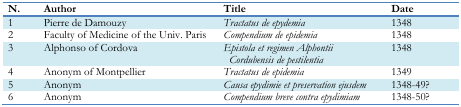
<table><thead><tr><td><b>N.</b></td><td><b>Author</b></td><td><b>Title</b></td><td><b>Date</b></td></tr></thead><tbody><tr><td>1</td><td>Pierre de Damouzy</td><td><i>Tractatus de epydemia</i></td><td>1348</td></tr><tr><td>2</td><td>Faculty of Medicine of the Univ. Paris</td><td><i>Compendium de epidemia</i></td><td>1348</td></tr><tr><td>3</td><td>Alphonso of Cordova</td><td><i>Epistola et regimen Alphontii Cordubensis de pestilentia</i></td><td>1348</td></tr><tr><td>4</td><td>Anonym of Montpellier</td><td><i>Tractatus de epidemia</i></td><td>1349</td></tr><tr><td>5</td><td>Anonym</td><td><i>Causa epydimie et preservation ejusdem</i></td><td>1348–49?</td></tr><tr><td>6</td><td>Anonym</td><td><i>Compendium breve contra epydimiam</i></td><td>1348–50?</td></tr></tbody></table>